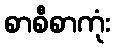
စာစီစာကုံး